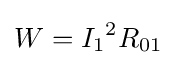
{W}={{I_{1}}^{2}}{R_{01}}